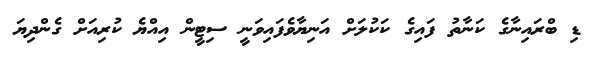
ޑި ބްރައިނާގެ ކަނާތު ފައިގެ ކަކުލަށް އަނިޔާވެފައިވަނީ ސިޓީން އިއްޔެ ކުރިއަށް ގެންދިޔަ